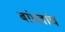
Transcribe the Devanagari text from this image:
बांधवांच